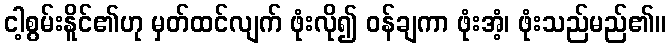
ငါ့စွမ်းနိူင်၏ဟု မှတ်ထင်လျက် ဖုံးလို၍ ဝန်ချကာ ဖုံးအံ့၊ ဖုံးသည်မည်၏။